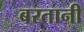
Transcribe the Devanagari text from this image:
बरतानी